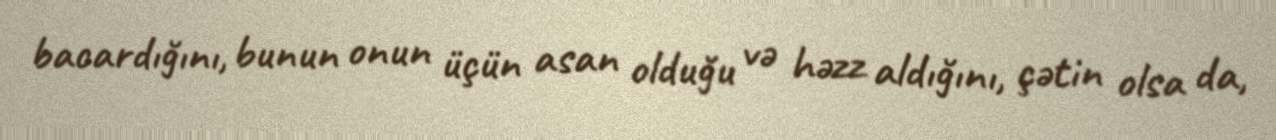
bacardığını, bunun onun üçün asan olduğu və həzz aldığını, çətin olsa da,